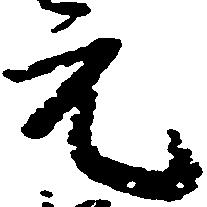
元